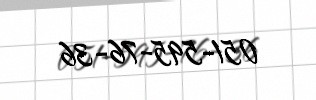
051-595-76-36